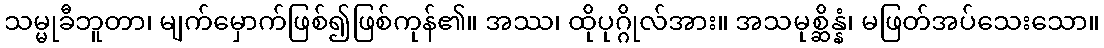
သမ္မုခီဘူတာ၊ မျက်မှောက်ဖြစ်၍ဖြစ်ကုန်၏။ အဿ၊ ထိုပုဂ္ဂိုလ်အား။ အသမုစ္ဆိန္နံ၊ မဖြတ်အပ်သေးသော။